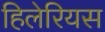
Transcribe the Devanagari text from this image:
हिलेरियस